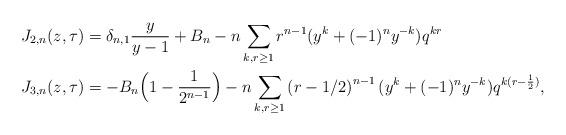
LaTeX: \begin{align*} J_{2,n}(z,\tau) & = \delta_{n,1} \frac{y}{y - 1} + B_n - n \sum_{k, r \geq 1} r^{n - 1} (y^k + (-1)^n y^{-k}) q^{k r} \\ J_{3,n}(z, \tau) & = -B_n \Big( 1 - \frac{1}{2^{n - 1}} \Big) - n \sum_{k , r \geq 1} \left( r - 1/2 \right)^{n - 1} (y^k + (-1)^n y^{-k}) q^{k (r - \frac{1}{2})},\end{align*}